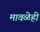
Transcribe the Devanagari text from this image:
मावळेही